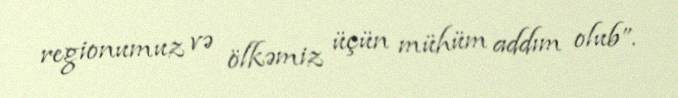
regionumuz və ölkəmiz üçün mühüm addım olub”.